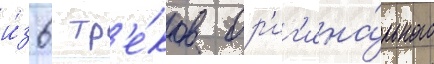
и́з 6 тр'е́ков ор'иг'ина́льного